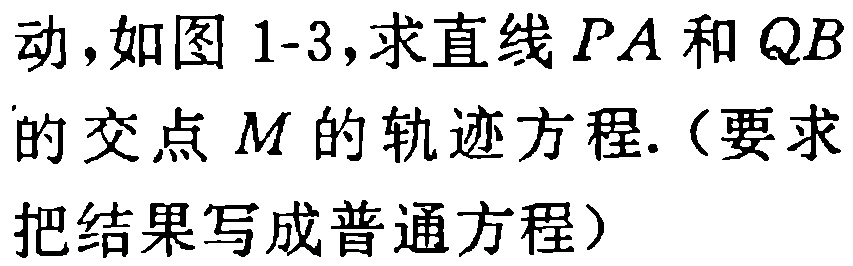
动,如图1-3,求直线 \(PA\) 和 \(QB\) 的交点 \(M\) 的轨迹方程.（要求把结果写成普通方程）